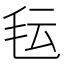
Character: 𬆽